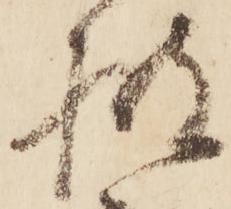
披